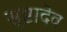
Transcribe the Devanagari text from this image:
सृष्टादेव